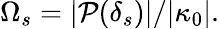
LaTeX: \Omega_{s}=|\mathcal{P}(\delta_{s})|/|\kappa_{0}|.